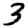
Digit: 3